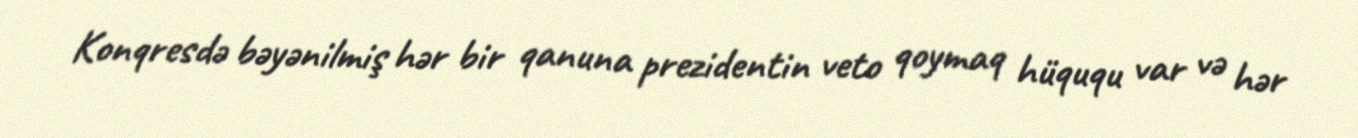
Konqresdə bəyənilmiş hər bir qanuna prezidentin veto qoymaq hüququ var və hər